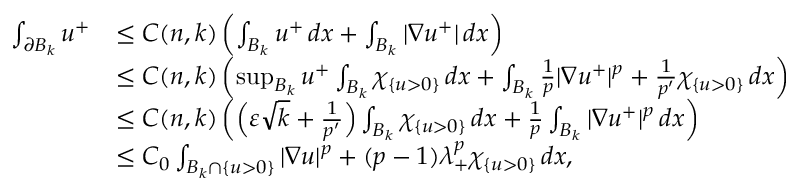
\begin{array} { r l } { \int _ { \partial B _ { k } } u ^ { + } } & { \leq C ( n , k ) \left( \int _ { B _ { k } } u ^ { + } \, d x + \int _ { B _ { k } } | \nabla u ^ { + } | \, d x \right) } \\ & { \leq C ( n , k ) \left( \operatorname* { s u p } _ { B _ { k } } u ^ { + } \int _ { B _ { k } } \chi _ { \{ u > 0 \} } \, d x + \int _ { B _ { k } } \frac { 1 } { p } | \nabla u ^ { + } | ^ { p } + \frac { 1 } { p ^ { \prime } } \chi _ { \{ u > 0 \} } \, d x \right) } \\ & { \leq C ( n , k ) \left( \Big ( \varepsilon \sqrt { k } + \frac { 1 } { p ^ { \prime } } \Big ) \int _ { B _ { k } } \chi _ { \{ u > 0 \} } \, d x + \frac { 1 } { p } \int _ { B _ { k } } | \nabla u ^ { + } | ^ { p } \, d x \right) } \\ & { \leq C _ { 0 } \int _ { B _ { k } \cap \{ u > 0 \} } | \nabla u | ^ { p } + ( p - 1 ) \lambda _ { + } ^ { p } \chi _ { \{ u > 0 \} } \, d x , } \end{array}